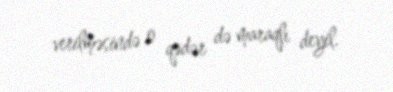
verilməsində o qədər də maraqlı deyil.